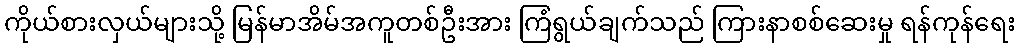
ကိုယ်စားလှယ်များသို့ မြန်မာအိမ်အကူတစ်ဦးအား ကြံရွယ်ချက်သည် ကြားနာစစ်ဆေးမှု ရန်ကုန်ရေး